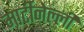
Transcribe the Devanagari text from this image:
मार्टीनेल्ली